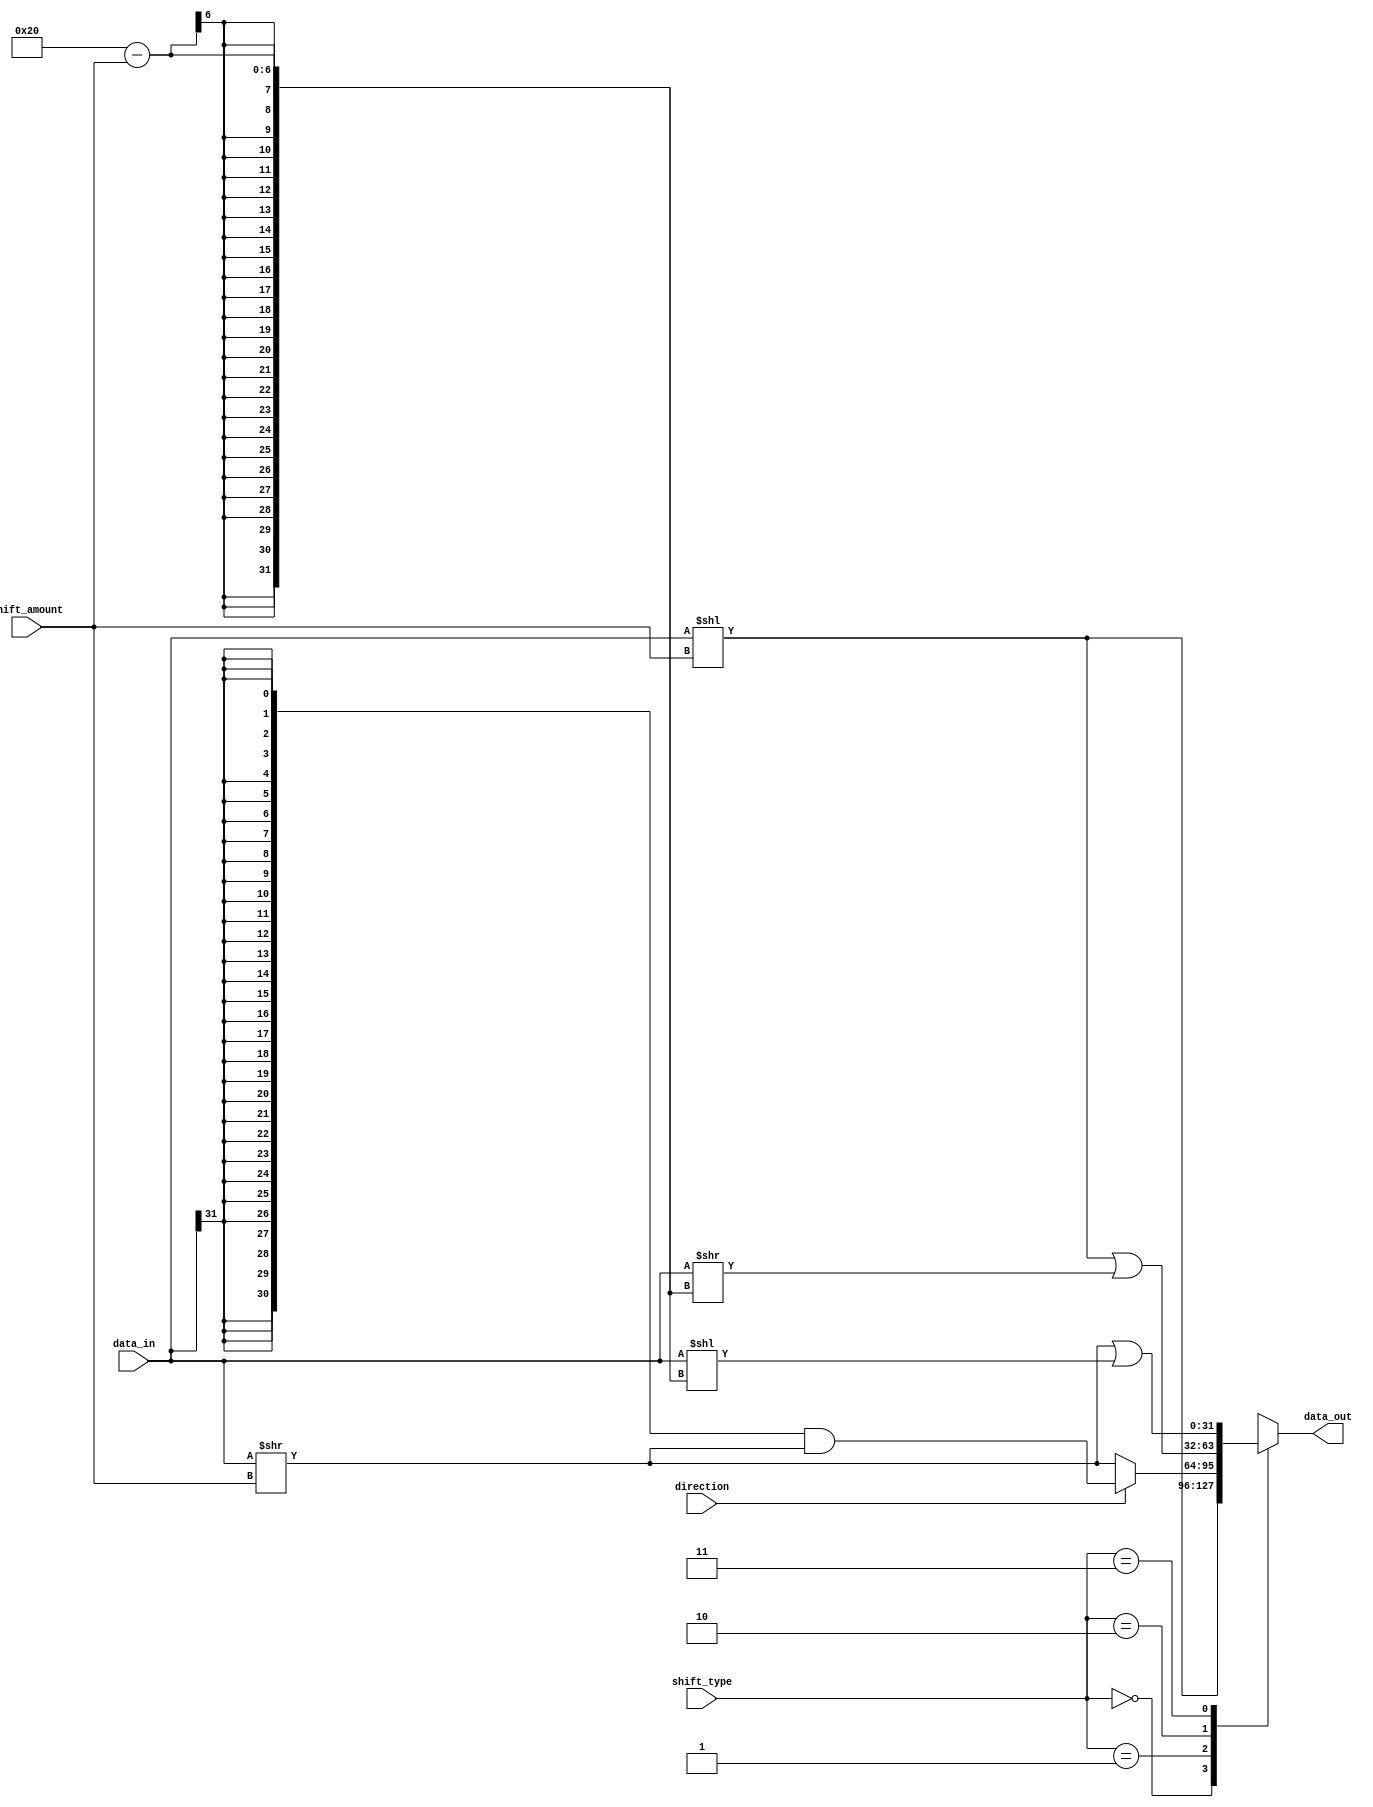
module BarrelShifter (
    input [31:0] data_in,
    input [4:0] shift_amount,
    input direction,
    input [1:0] shift_type,
    output reg [31:0] data_out
);

always @(*) begin
    case(shift_type)
        2'b00: // Left shift
            data_out = data_in << shift_amount;
        2'b01: // Right shift with sign extension
            data_out = (direction) ? {31{data_in[31]}} & (data_in >> shift_amount) : data_in >> shift_amount;
        2'b10: // Rotate left
            data_out = data_in << shift_amount | data_in >> (32 - shift_amount);
        2'b11: // Rotate right
            data_out = data_in >> shift_amount | data_in << (32 - shift_amount);
        default:
            data_out = 32'b0;
    endcase
end

endmodule